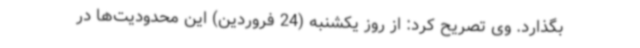
بگذارد. وی تصریح کرد: از روز یکشنبه (24 فروردین) این محدودیت‌ها در